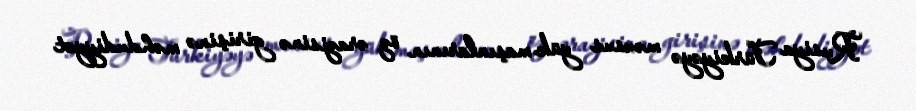
Rusiya Türkiyəyə məxsus yük maşınlarının öz ərazisinə girişinə məhdudiyyət